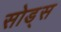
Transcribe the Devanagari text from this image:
सोड्स